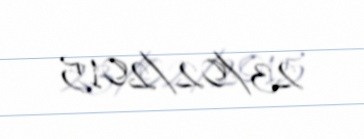
23/02/2015